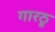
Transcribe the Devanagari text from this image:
गारठू